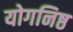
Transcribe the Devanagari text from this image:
योगनिष्ठ